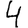
Digit: 4